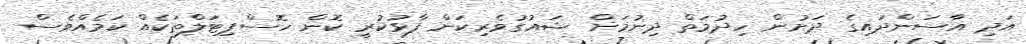
އަދި އާސަންދައިގެ ދަަށުން ހިދުމަތް ދިނުމަށް ޝައުގުވެރިކަން ފާޅުކުރީ ކޮން ހޮސްޕިޓަލްތަކެއް ކަމެއްވެސް